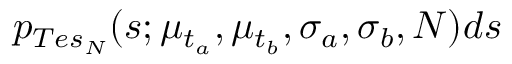
p _ { T e s _ { N } } ( s ; \mu _ { t _ { a } } , \mu _ { t _ { b } } , \sigma _ { a } , \sigma _ { b } , N ) d s